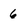
Character: 6